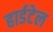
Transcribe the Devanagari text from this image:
हार्डटेल